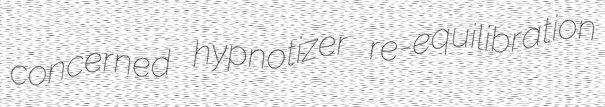
concerned hypnotizer re-equilibration